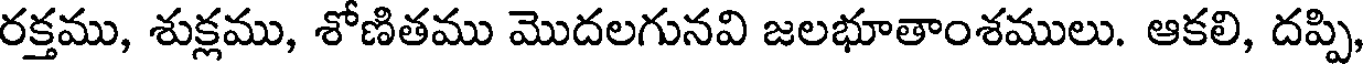
రక్తము, శుక్లము, శోణితము మొదలగునవి జలభూతాంశములు. ఆకలి, దప్పి,